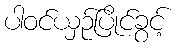
ပါဝင်ယှဉ်ပြိုင်ခွင့်